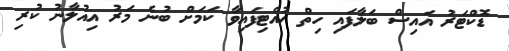
ޑޮކްޓަރު އައިސް ބަލާފައި ހިތް ހުއްޓިފައިވާ ކަމަށް ބުނެ މަރު އިއުލާނު ކުރި